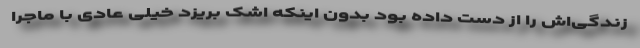
زندگی‌اش را از دست داده بود بدون اینکه اشک بریزد خیلی عادی با ماجرا